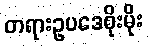
တရားဥပဒေစိုးမိုး